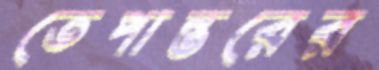
তেপান্তরের